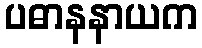
ပဓာနနာယက